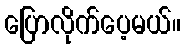
ပြောလိုက်ပေ့မယ်။